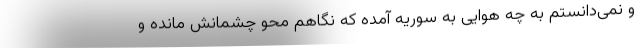
و نمی‌دانستم به چه هوایی به سوریه آمده که نگاهم محو چشمانش مانده و